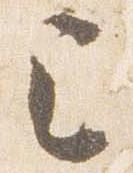
已